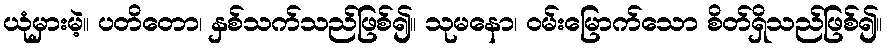
ယုံမှားမဲ့။ ပတိတော၊ နှစ်သက်သည်ဖြစ်၍။ သုမနော၊ ဝမ်းမြောက်သော စိတ်ရှိသည်ဖြစ်၍။